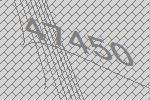
47450